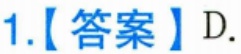
1.【答案】D.